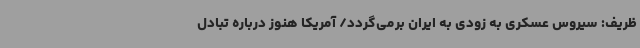
ظریف: سیروس عسکری به زودی به ایران برمی‌گردد/ آمریکا هنوز درباره تبادل